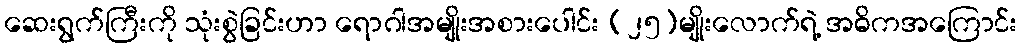
ဆေးရွက်ကြီးကို သုံးစွဲခြင်းဟာ ရောဂါအမျိုးအစားပေါင်း (၂၅)မျိုးလောက်ရဲ့ အဓိကအကြောင်း